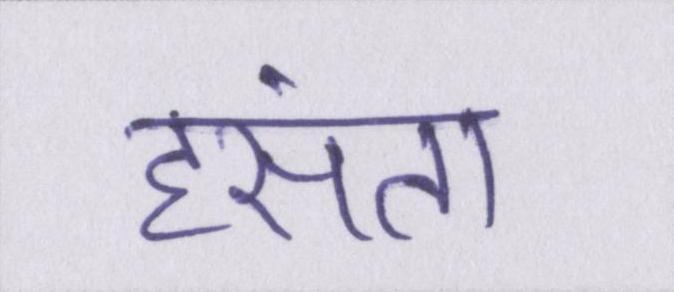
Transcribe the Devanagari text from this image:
हंसता